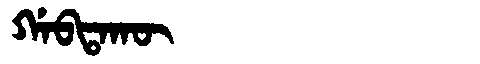
Manchu: ᡤᠠᠪᡨᠠᡴᡡ
Romanization: GABTAKŪ